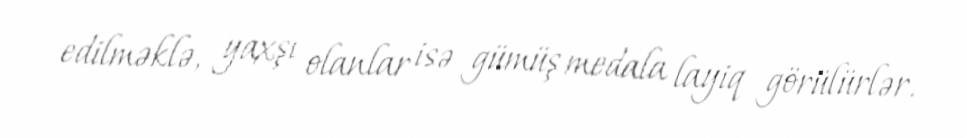
edilməklə, yaxşı olanlar isə gümüş medala layiq görülürlər.